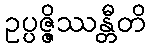
ဥပ္ပဇ္ဇိဿန္တီတိ